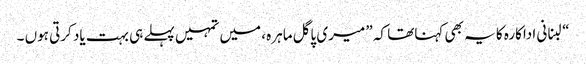
“لبنانی اداکارہ کا یہ بھی کہناتھا کہ ” میری پاگل ماہرہ ، میں تمہیں پہلے ہی بہت یاد کرتی ہوں ۔